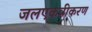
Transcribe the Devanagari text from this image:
जलएकत्रीकरण